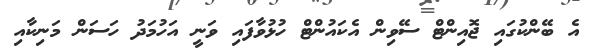
އެ ބޭންކުގައި ޖޮއިންޓް ސޭވިން އެކައުންޓް ހުޅުވާފައި ވަނީ އަހުމަދު ހަސަން މަނިކާއި